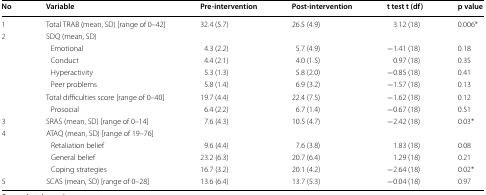
<table><thead><tr><td><b>No</b></td><td><b>Variable</b></td><td><b>Pre-intervention</b></td><td><b>Post-intervention</b></td><td><b>t test t (df)</b></td><td><b>p value</b></td></tr></thead><tbody><tr><td>1</td><td>Total TRAB (mean, SD) [range of 0–42]</td><td>32.4 (5.7)</td><td>26.5 (4.9)</td><td>3.12 (18)</td><td>0.006*</td></tr><tr><td rowspan="7">2</td><td colspan="5">SDQ (mean, SD)</td></tr><tr><td> Emotional</td><td>4.3 (2.2)</td><td>5.7 (4.9)</td><td>−1.41 (18)</td><td>0.18</td></tr><tr><td> Conduct</td><td>4.4 (2.1)</td><td>4.0 (1.5)</td><td>0.97 (18)</td><td>0.35</td></tr><tr><td> Hyperactivity</td><td>5.3 (1.3)</td><td>5.8 (2.0)</td><td>−0.85 (18)</td><td>0.41</td></tr><tr><td> Peer problems</td><td>5.8 (1.4)</td><td>6.9 (3.2)</td><td>−1.57 (18)</td><td>0.13</td></tr><tr><td>Total difficulties score [range of 0–40]</td><td>19.7 (4.4)</td><td>22.4 (7.5)</td><td>−1.62 (18)</td><td>0.12</td></tr><tr><td> Prosocial</td><td>6.4 (2.2)</td><td>6.7 (1.4)</td><td>−0.67 (18)</td><td>0.51</td></tr><tr><td>3</td><td>SRAS (mean, SD) [range of 0–14]</td><td>7.6 (4.3)</td><td>10.5 (4.7)</td><td>−2.42 (18)</td><td>0.03*</td></tr><tr><td rowspan="4">4</td><td colspan="5">ATAQ (mean, SD) [range of 19–76]</td></tr><tr><td> Retaliation belief</td><td>9.6 (4.4)</td><td>7.6 (3.8)</td><td>1.83 (18)</td><td>0.08</td></tr><tr><td> General belief</td><td>23.2 (6.3)</td><td>20.7 (6.4)</td><td>1.29 (18)</td><td>0.21</td></tr><tr><td> Coping strategies</td><td>16.7 (3.2)</td><td>20.1 (4.2)</td><td>−2.64 (18)</td><td>0.02*</td></tr><tr><td>5</td><td>SCAS (mean, SD) [range of 0–28]</td><td>13.6 (6.4)</td><td>13.7 (5.3)</td><td>−0.04 (18)</td><td>0.97</td></tr></tbody></table>